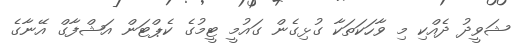
ޝަވީދު ދެއްކި މި ވާހަކަތަކާ ގުޅިގެން ގައުމީ ޓީމުގެ ކެޕްޓަން އަޝްފާގް އޭނާގެ